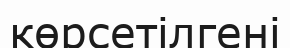
көрсетілгені